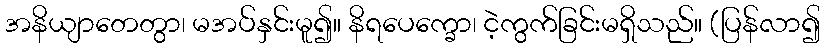
အနိယျာတေတွာ၊ မအပ်နှင်းမူ၍။ နိရပေက္ခော၊ ငဲ့ကွက်ခြင်းမရှိသည်။ (ပြန်လာ၍